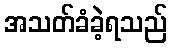
အသတ်ခံခဲ့ရသည်